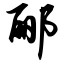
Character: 郦